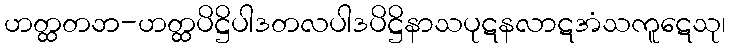
ဟတ္ထတဘ-ဟတ္ထပိဋ္ဌိပါဒတလပါဒပိဋ္ဌိနာသပုဋနလာဋအံသကူဋေသု၊